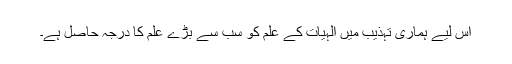
اس لیے ہماری تہذیب میں الٰہیات کے علم کو سب سے بڑے علم کا درجہ حاصل ہے۔